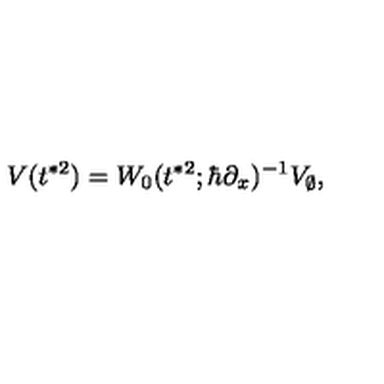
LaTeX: V ( t ^ { * 2 } ) = W _ { 0 } ( t ^ { * 2 } ; \hbar \partial _ { x } ) ^ { - 1 } V _ { \emptyset } ,